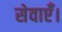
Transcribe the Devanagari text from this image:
सेवाएँ।